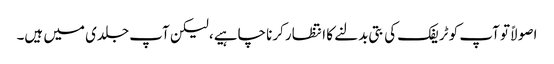
اصولاً تو آپ کو ٹریفک کی بتی بدلنے کا انتظار کرنا چاہیے، لیکن آپ جلدی میں ہیں۔